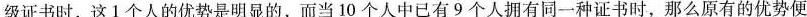
级证书时，这1个人的优势是明显的，而当10个人中已有9个人拥有同一种证书时，那么原有的优势便